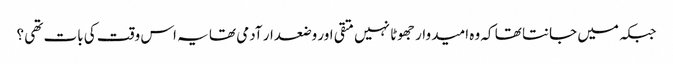
جبکہ میں جانتا تھا کہ وہ امید وار جھوٹا نہیں متقی اور وضعدار آدمی تھا یہ اس وقت کی بات تھی ؟